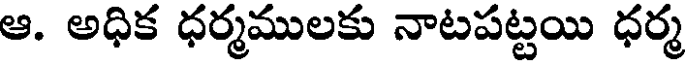
ఆ. అధిక ధర్మములకు నాటపట్టయి ధర్మ